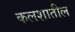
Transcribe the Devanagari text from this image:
कलशातील